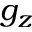
g _ { z }